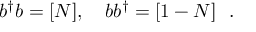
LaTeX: b ^ { \dag } b = [ N ] , \ \ \ b b ^ { \dag } = [ 1 - N ] \ \ .